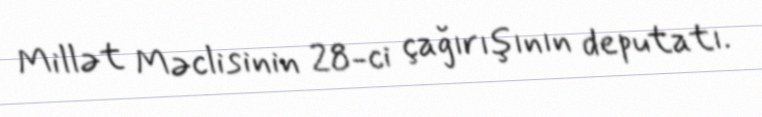
Millət Məclisinin 28-ci çağırışının deputatı.